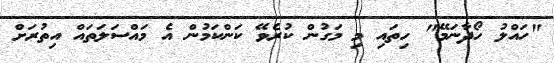
"ހައްލު ހޯދާނަމޭ" ހިތައި މި މަގުން ކުރެވޭ ކަންކަމުން އެ މައްސަލަތައް އިތުރަށް